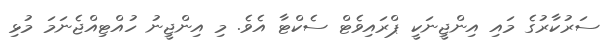
ސަރުކާރުގެ މައި އިންޖީނަކީ ޕްރައިވެޓް ސެކްޓާ އެވެ. މި އިންޖީނު ހުއްޓިއްޖެނަމަ މުޅި